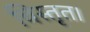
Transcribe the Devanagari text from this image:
विस्तृत।